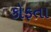
કોફતા